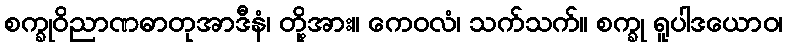
စက္ခုဝိညာဏဓာတုအာဒီနံ၊ တို့အား။ ကေဝလံ၊ သက်သက်။ စက္ခု ရူပါဒယောဝ၊